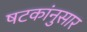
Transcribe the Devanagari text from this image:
षटकांनुसार